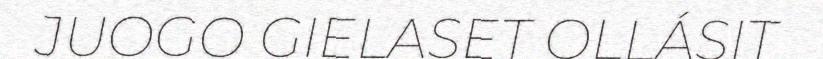
JUOGO GIELASET OLLÁSIT